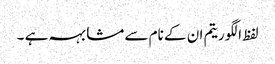
لفظ الگوریتم ان کے نام سے مشابہہ ہے ۔